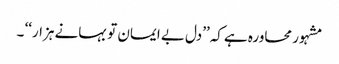
مشہور محاورہ ہے کہ’’دل بے ایمان تو بہانے ہزار‘‘ ۔